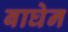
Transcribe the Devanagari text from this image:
बाघेन